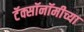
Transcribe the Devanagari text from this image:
टॅक्सॉनॉमीच्या